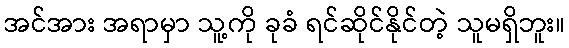
အင်အား အရာမှာ သူ့ကို ခုခံ ရင်ဆိုင်နိုင်တဲ့ သူမရှိဘူး။